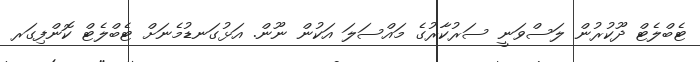
ޓެބްލެޓް ދޫކުރުން ލަސްވަނީ ސަރުކާރުގެ މައްސަލަ އަކުން ނޫން. އަޅުގަނޑުމެނަށް ޓެބްލެޓް ކޮންފިގަރ